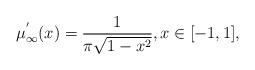
LaTeX: \begin{align*}\mu_{\infty}^{'}(x)=\frac{1}{\pi\sqrt{1-x^2}},x\in[-1,1],\end{align*}